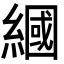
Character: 𦄰